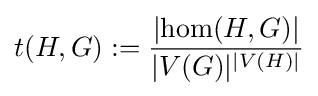
t(H,G):={\frac {\left|\operatorname {hom} (H,G)\right|}{|V(G)|^{|V(H)|}}}